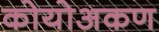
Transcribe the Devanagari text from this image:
कोयोअकण